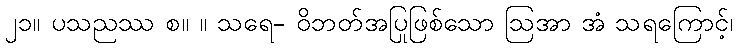
၂၁။ ပသညဿ စ။ ။ သရေ- ဝိဘတ်အပြုဖြစ်သော ဩအာ အံ သရကြောင့်၊